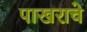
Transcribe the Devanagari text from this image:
पाखराचे